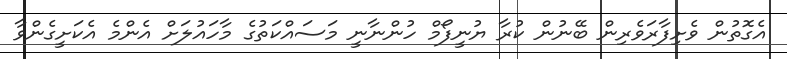
އެގޮތުން ވެށިފާރަވެރިން ބޭނުން ކުރާ ޔުނީފޯމް ހުންނާނީ މަސައްކަތުގެ މާހައުލަށް އެންމެ އެކަށީގެންވާ